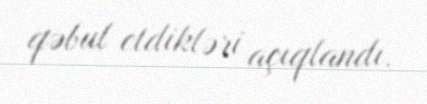
qəbul etdikləri açıqlandı.